Report on the working of the Ranchi Indian Mental Hospital, Kanke, in Bihar and Orissa - 1930-1940
Year: 1930
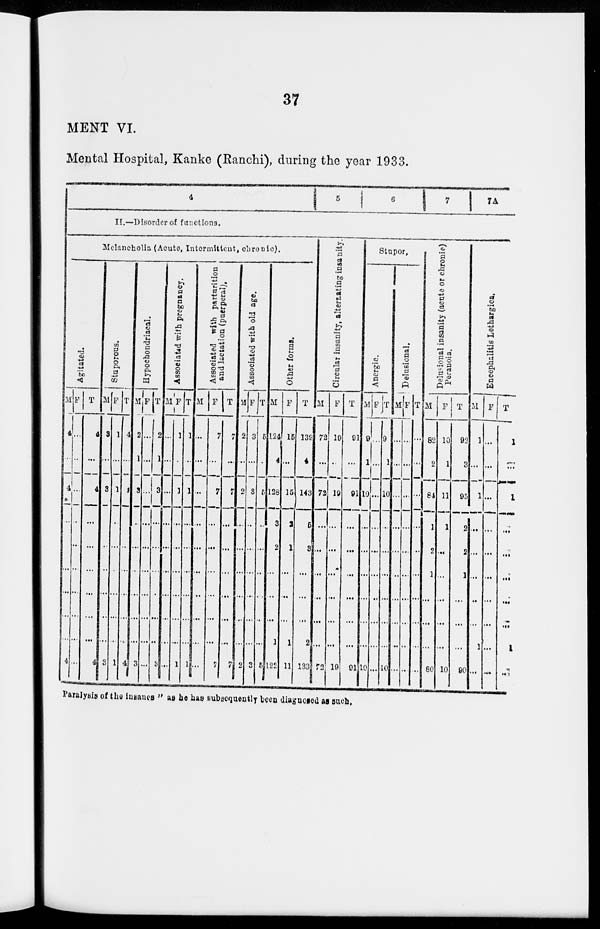
37
MENT VI.
Mental Hospital, Kanke (Ranchi), during the year 1933.
4
5
6
7 7A
II.—Disorder of functions.
Melancholia (Acute, Intermittent, chronic).
Agitated.
M
4
...
4
...
...
...
...
...
...
4
F
...
...
...
...
...
...
...
...
...
...
T
4
...
4
...
...
...
...
...
...
4
Stuporous.
M
3
...
3
...
...
...
...
...
...
3
F
1
...
1
...
...
...
...
...
...
1
T
4
...
4
...
...
...
...
...
...
4
Hypochondriacal.
M
2
1
3
...
...
...
...
...
...
3
F
...
...
...
...
...
...
...
...
...
...
T
2
1
3
...
...
...
...
...
...
3
Associated with pregnancy.
M
...
...
...
...
...
...
...
...
...
...
F
1
...
1
...
...
...
...
...
...
1
T
1
...
1
...
...
...
...
...
...
1
A ssociated with parturition
and lactation (puerperal).
M
...
...
...
...
...
...
...
...
...
...
F
7
...
7
...
...
...
...
...
...
7
T
7
...
7
...
...
...
...
...
...
7
Associated with old age.
M
2
...
2
...
...
...
...
...
...
2
F
3
...
3
...
...
...
...
...
...
3
T
5
...
5
...
...
...
...
...
...
5
Other forms.
M
124
4
128
3
2
...
...
...
1
122
F
15
...
15
2
1
...
...
...
1
11
T
139
4
143
5
3
...
...
...
2
133
Circular insanity, alternating insanity.
M
72
...
72
...
...
...
...
...
...
72
F
19
...
19
...
...
...
...
...
...
19
T
91
...
91
...
...
...
...
...
...
91
Stupor.
Anergic.
M
9
1
10
...
...
...
...
...
...
10
F
...
...
...
...
...
...
...
...
...
...
T
9
1
10
...
...
...
...
...
...
10
Delusional.
M
...
...
...
...
...
...
...
...
...
...
F
...
...
...
...
...
...
...
...
...
...
T
...
...
...
...
...
...
...
...
...
...
Delusional insanity (acute or chronic)
Paranoia.
M
82
2
84
1
2
1
...
...
...
80
F
10
1
11
1
...
...
...
...
...
10
T
92
3
95
2
2
1
...
...
...
90
Encephalitis Lethargica.
M
1
...
1
...
...
...
..
...
1
...
F
...
...
...
...
...
...
...
...
...
...
T
1
...
1
...
...
...
...
...
1
...
Paralysis of the insanes " as he has subsequently been diagnosed as such.